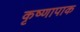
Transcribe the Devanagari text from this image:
कृष्णापाक